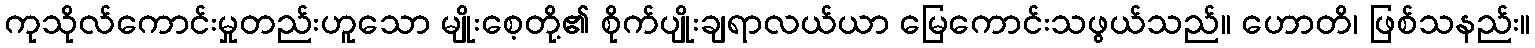
ကုသိုလ်ကောင်းမှုတည်းဟူသော မျိုးစေ့တို့၏ စိုက်ပျိုးချရာလယ်ယာ မြေကောင်းသဖွယ်သည်။ ဟောတိ၊ ဖြစ်သနည်း။